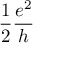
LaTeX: { \frac { 1 } { 2 } } { \frac { e ^ { 2 } } { h } }